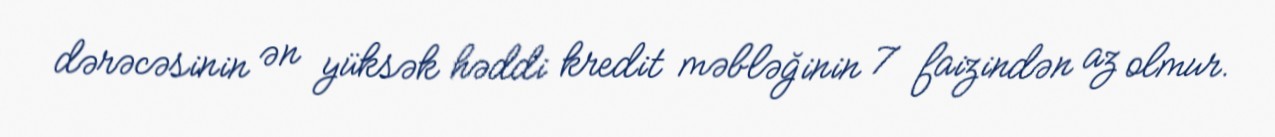
dərəcəsinin ən yüksək həddi kredit məbləğinin 7 faizindən az olmur.